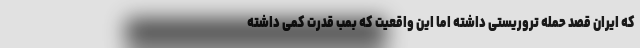
که ایران قصد حمله تروریستی داشته اما این واقعیت که بمب قدرت کمی داشته